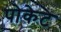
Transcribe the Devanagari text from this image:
पोकेट